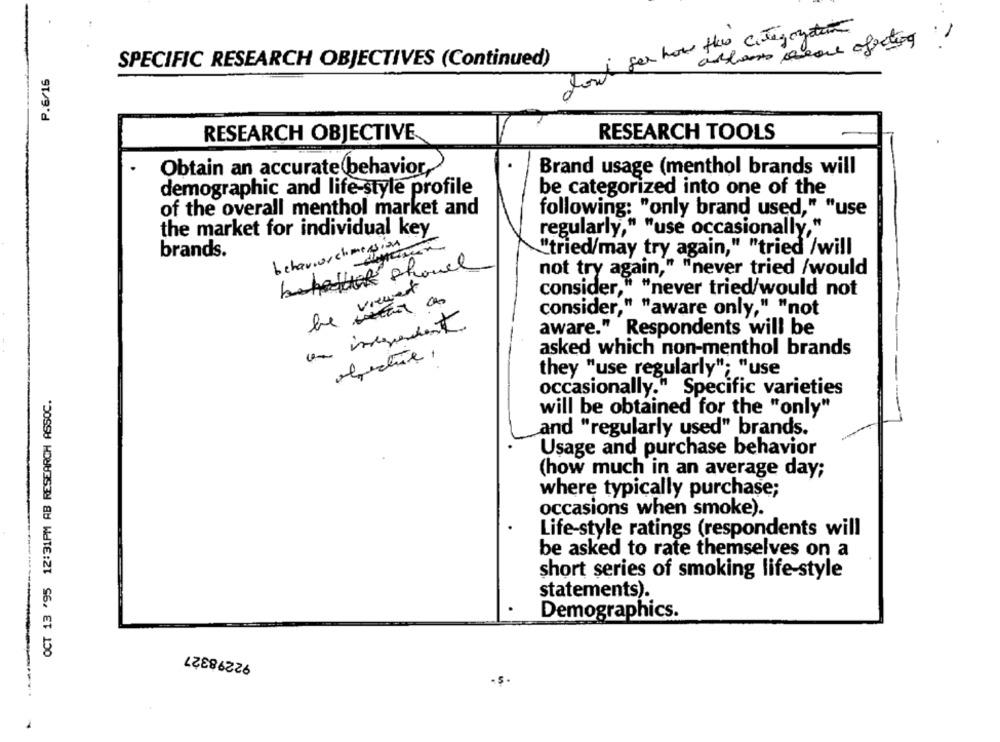
dont for how the categorystan
allons veau affecting
SPECIFIC RESEARCH OBJECTIVES (Continued)
P.6/16
30
RESEARCH OBJECTIVE
RESEARCH TOOLS
Obtain an accurate behavior,
Brand usage (menthol brands will
demographic and life-style profile
be categorized into one of the
of the overall menthol market and
following: "only brand used," "use
the market for individual key
regularly," "use occasionally,"
behaviorchimission
"tried/may try again," "tried /will
brands.
not try again," "never tried /would
viewent
consider," "
r." "never tried/would not
consider," "aware only," "not
an independent
aware." Respondents will be
asked which non-menthol brands
they "use regularly"; "use
OCT 13 '95 12:31PM AB RESEARCH ASSOC.
occasionally." Specific varieties
will be obtained for the "only"
and "regularly used" brands.
Usage and purchase behavior
(how much in an average day;
where typically purchase;
occasions when smoke).
Life-style ratings (respondents will
be asked to rate themselves on a
short series of smoking life-style
statements).
Demographics.
92298327